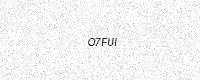
Text: O7FUI